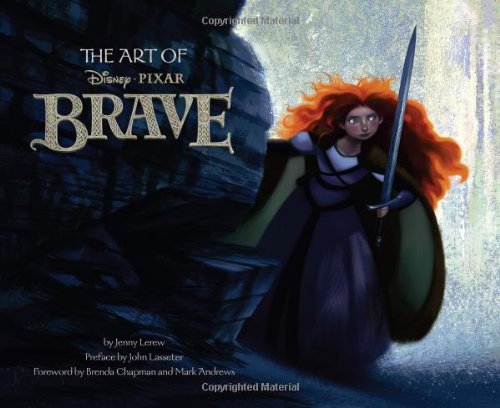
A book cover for The Art of Brave; Jenny Lerew; Humor & Entertainment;